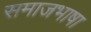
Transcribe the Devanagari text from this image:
समाजभाषा